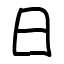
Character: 日